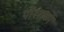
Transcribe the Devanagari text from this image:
पौशाकों